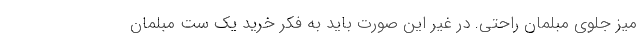
میز جلوی مبلمان راحتی. در غیر این صورت باید به فکر خرید یک ست مبلمان